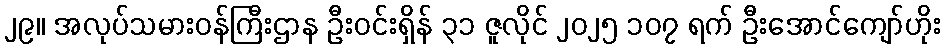
၂၉။ အလုပ်သမားဝန်ကြီးဌာန ဦးဝင်းရှိန် ၃၁ ဇူလိုင် ၂၀၂၅ ၁၀၇ ရက် ဦးအောင်ကျော်ဟိုး